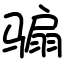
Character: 骟